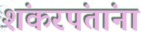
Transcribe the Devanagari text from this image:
शंकरपंतांना